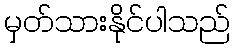
မှတ်သားနိုင်ပါသည်